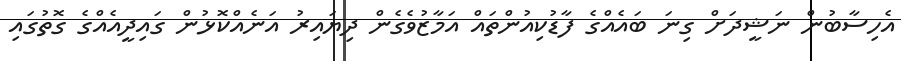
އެހިސާބުން ނަޝީދަށް ގިނަ ބައެއްގެ ފާޑުކިއުންތައް އަމާޒުވެގެން ދިޔައިރު އަނެއްކޮޅުން ގައިދީއެއްގެ ގޮތުގައި